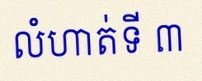
លំហាត់ទី ៣